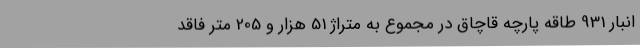
انبار 931 طاقه پارچه قاچاق در مجموع به متراژ 51 هزار و 205 متر فاقد